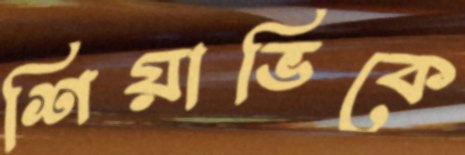
শিয়াভিকে